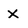
Character: X